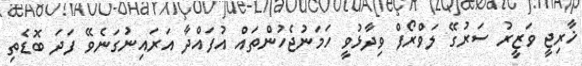
ޚާރިޖީ ވަޒީރު ސަރުގޭ ލަވްރޯފް ވިދާޅުވީ ހަމަނުޖެހުންތައް އުފައްދާ އަރައިނުގަނެވޭ ފަދަ ބޮޑެތި